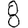
Digit: 8